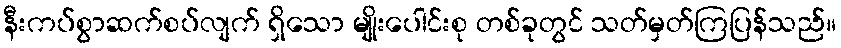
နီးကပ်စွာဆက်စပ်လျက် ရှိသော မျိုးပေါင်းစု တစ်ခုတွင် သတ်မှတ်ကြပြန်သည်။